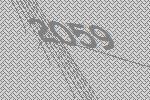
2059